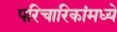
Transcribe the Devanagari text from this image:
परिचारिकांमध्ये